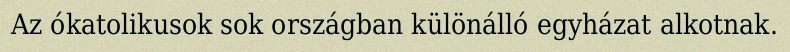
Az ókatolikusok sok országban különálló egyházat alkotnak.